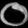
Digit: ၀